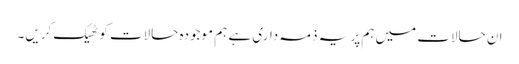
ان حالات میں ہم پر یہ ذمہ داری ہے ہم موجودہ حالات کو ٹھیک کریں۔